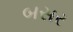
બસર